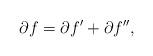
LaTeX: \begin{align*}\partial f=\partial f'+\partial f'',\end{align*}